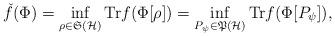
LaTeX: \begin{align*}\check{f}(\Phi )=\inf_{\rho \in \mathfrak{S}(\mathcal{H})}\mathrm{Tr}f(\Phi[ \rho ])=\inf_{P_{\psi }\in \mathfrak{P}(\mathcal{H})}\mathrm{Tr}f(\Phi [P_{\psi }]), \end{align*}